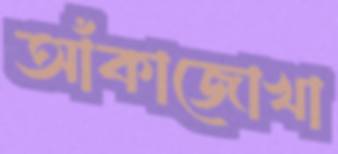
আঁকাজোখা